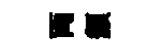
両纇